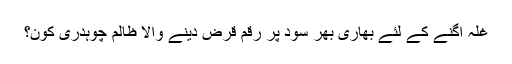
غلہ اگنے کے لئے بھاری بھر سود پر رقم قرض دینے والا ظالم چوہدری کون؟